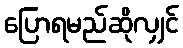
ပြောရမည်ဆိုလျှင်